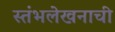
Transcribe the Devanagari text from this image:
स्तंभलेखनाची